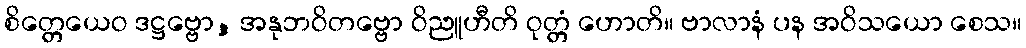
စိတ္တေယေဝ ဒဋ္ဌဗ္ဗော, အနုဘဝိတဗ္ဗော ဝိညူဟီတိ ဝုတ္တံ ဟောတိ။ ဗာလာနံ ပန အဝိသယော စေသ။